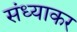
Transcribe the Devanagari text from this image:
संध्याकर